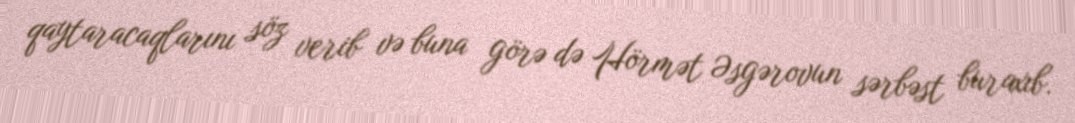
qaytaracaqlarını söz verib və buna görə də Hörmət Əsgərovun sərbəst buraxıb.